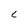
Character: C